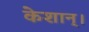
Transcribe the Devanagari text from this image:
केशान्।